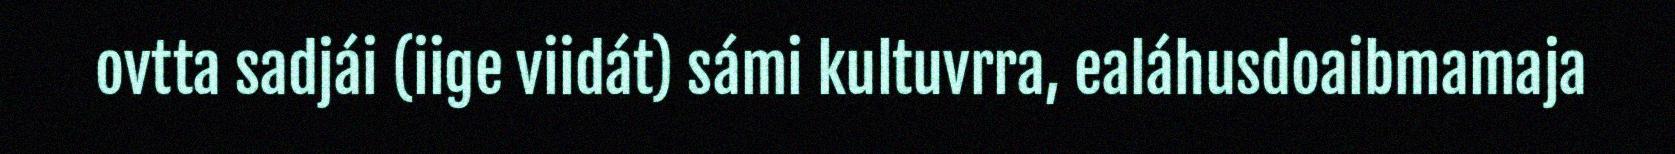
ovtta sadjái (iige viidát) sámi kultuvrra, ealáhusdoaibmamaja